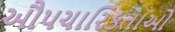
ઔપચારિકતાઓ